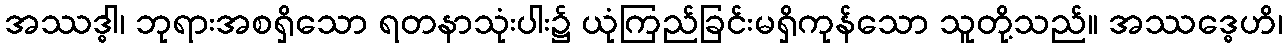
အဿဒ္ဓါ၊ ဘုရားအစရှိသော ရတနာသုံးပါး၌ ယုံကြည်ခြင်းမရှိကုန်သော သူတို့သည်။ အဿဒ္ဓေဟိ၊